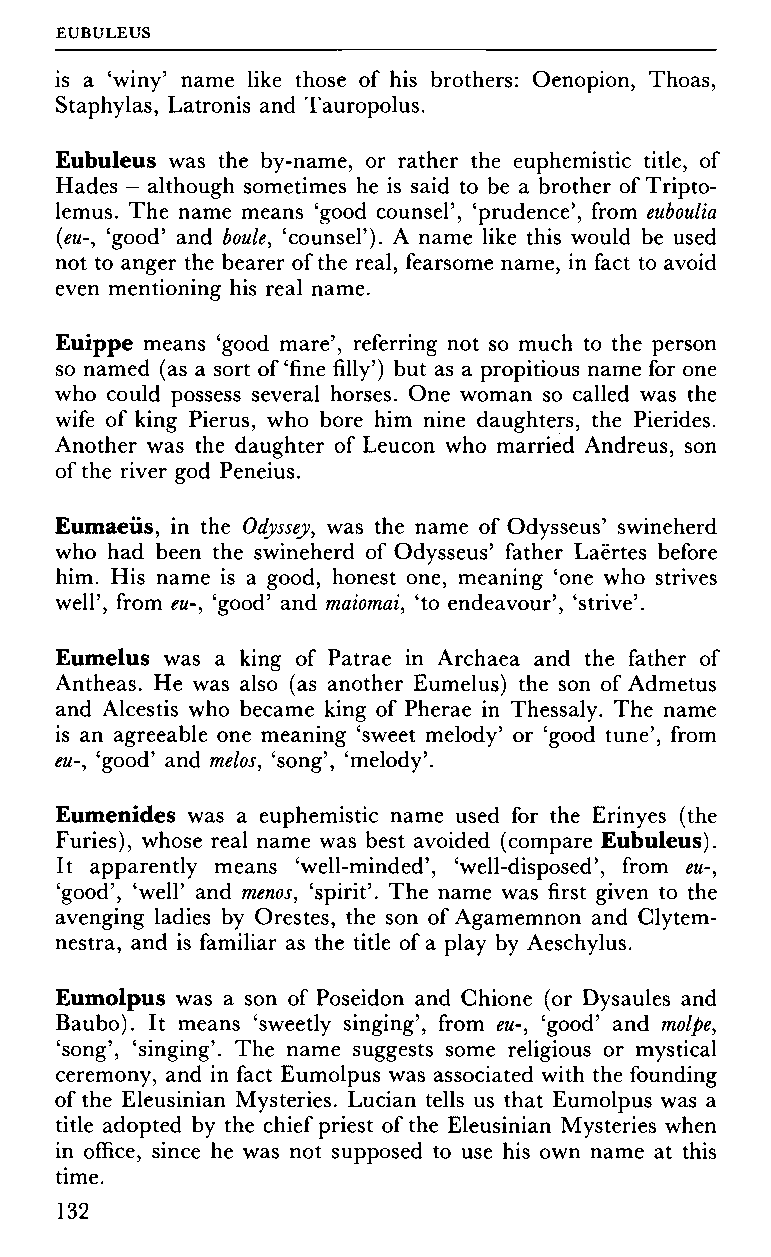
EUBULEUS
 is a 'winy' name like those of his brothers: Oenopion, Thoas,
 Staphylas, Latronis and Tauropolus.
 Eubuleus was the by-name, or rather the euphemistic title, of
 Hades - although sometimes he is said to be a brother of Tripto-
 lemus. The name means 'good counsel', 'prudence', from euboulia
 (eu-, 'good' and boule, 'counsel'). A name like this would be used
 not to anger the bearer of the real, fearsome name, in fact to avoid
 even mentioning his real name.
 Euippe means 'good mare', referring not so much to the person
 so named (as a sort of'fine filly') but as a propitious name for one
 who could possess several horses. One woman so called was the
 wife of king Pierus, who bore him nine daughters, the Piérides.
 Another was the daughter of Leucon who married Andreus, son
 of the river god Peneius.
 Eumaeüs, in the Odyssey, was the name of Odysseus' swineherd
 who had been the swineherd of Odysseus' father Laertes before
 him. His name is a good, honest one, meaning 'one who strives
 well', from eu-, 'good' and maiomai, 'to endeavour', 'strive'.
 Eumelus was a king of Patrae in Archaea and the father of
 Antheas. He was also (as another Eumelus) the son of Admetus
 and Alcestis who became king of Pherae in Thessaly. The name
 is an agreeable one meaning 'sweet melody' or 'good tune', from
 eu-, 'good' and melos, 'song', 'melody'.
 Eumenides was a euphemistic name used for the Erinyes (the
 Furies), whose real name was best avoided (compare Eubuleus).
 It apparently means 'well-minded', 'well-disposed', from eu-,
 'good', 'well' and menos, 'spirit'. The name was first given to the
 avenging ladies by Orestes, the son of Agamemnon and Clytem-
 nestra, and is familiar as the title of a play by Aeschylus.
 Eumolpus was a son of Poseidon and Chione (or Dysaules and
 Baubo). It means 'sweetly singing', from eu-, 'good' and molpe,
 'song', 'singing'. The name suggests some religious or mystical
 ceremony, and in fact Eumolpus was associated with the founding
 of the Eleusinian Mysteries. Lucian tells us that Eumolpus was a
 title adopted by the chief priest of the Eleusinian Mysteries when
 in office, since he was not supposed to use his own name at this
 time.
 132